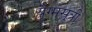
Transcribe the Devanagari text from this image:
युैग्मसूत्री